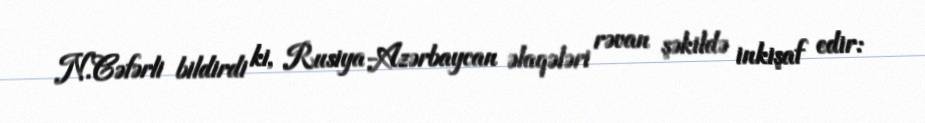
N.Cəfərli bildirdi ki, Rusiya-Azərbaycan əlaqələri rəvan şəkildə inkişaf edir: